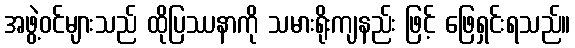
အဖွဲ့ဝင်များသည် ထိုပြဿနာကို သမားရိုးကျနည်း ဖြင့် ဖြေရှင်းရသည်။